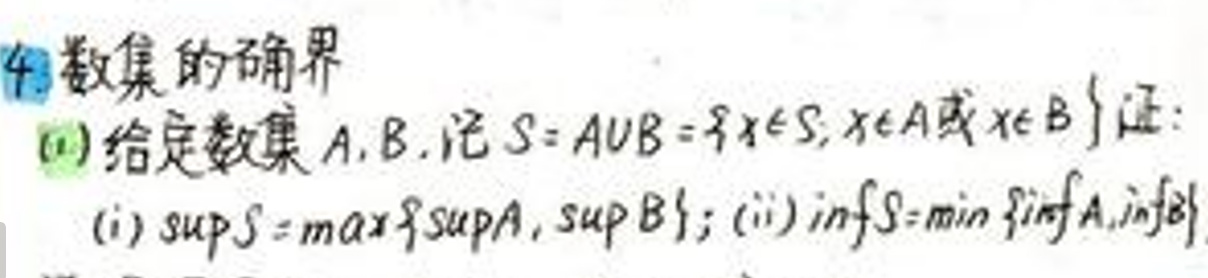
4.数集的确界\\
(1)给定数集A,B,记\(S = A\cup B = \{x\in S,x\in A\)或\(x\in B\}\)证：\\
(i) \(\sup S = \max\{\sup A,\sup B\};(ii) \inf S = \min\{\inf A,\inf B\}\)